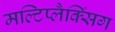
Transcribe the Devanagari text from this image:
मल्टिप्लैक्सिंग